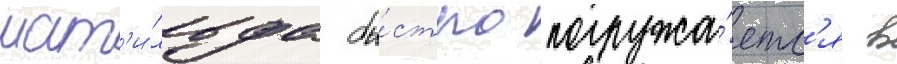
мат'и́льда бы́стро погружа́етс'я в